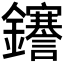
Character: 𮣫